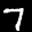
Label: 7